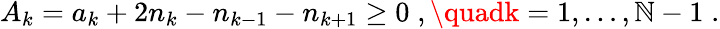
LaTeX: A_{k}=a_{k}+2n_{k}-n_{k-1}-n_{k+1}\geq0\; ,\quadk=1,\ldots,\mathbb{N}-1\; .